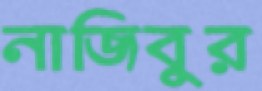
নাজিবুর